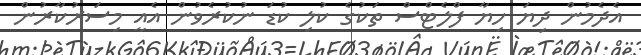
އެދެމުން ދިޔަ ހިޔާ ފްލެޓްސް ތަކުގެ ކުލި ކުޑަ ނުކުރެވުން އެއީ މިސަރުކާރުން